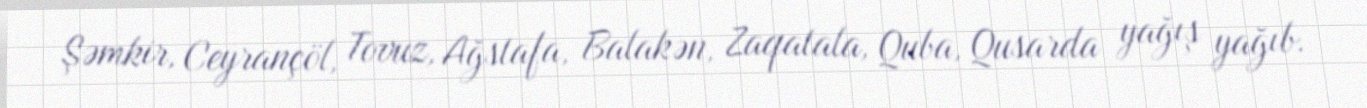
Şəmkir, Ceyrançöl, Tovuz, Ağstafa, Balakən, Zaqatala, Quba, Qusarda yağış yağıb.